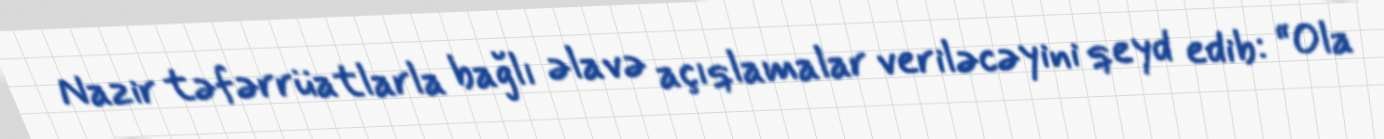
Nazir təfərrüatlarla bağlı əlavə açıqlamalar veriləcəyini qeyd edib: “Ola